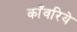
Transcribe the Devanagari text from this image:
काँवरिये